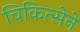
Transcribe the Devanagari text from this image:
चिकित्सेने